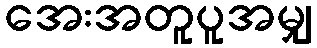
အေးအတူပူအမျှ